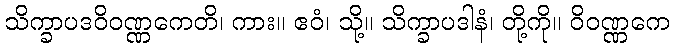
သိက္ခာပဒဝိဝဏ္ဏကေတိ၊ ကား။ ဧဝံ၊ သို့။ သိက္ခာပဒါနံ၊ တို့ကို။ ဝိဝဏ္ဏကေ